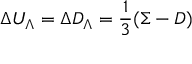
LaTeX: \Delta U _ { \Lambda } = \Delta D _ { \Lambda } = \frac { 1 } { 3 } ( \Sigma - D )